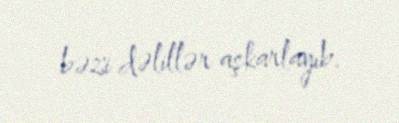
bəzi dəlillər aşkarlayıb.